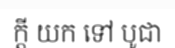
ក្តី យក ទៅ បូជា